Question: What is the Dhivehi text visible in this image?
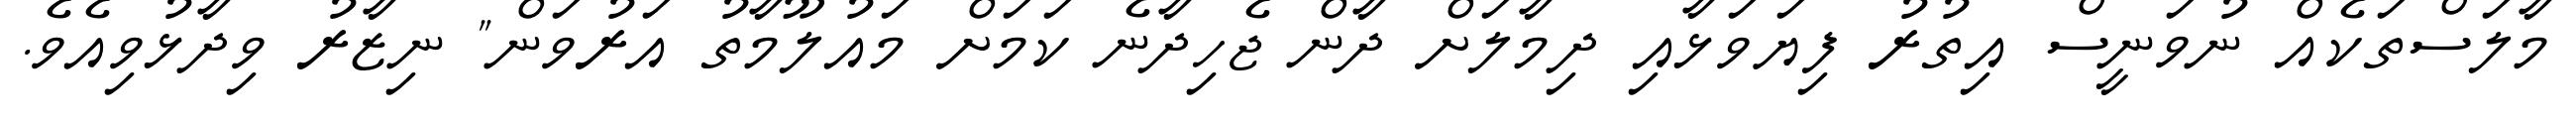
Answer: މާލަސްތަކެއް ނުވަނީސް އިތުރު ފިޔަވަޅާއި ދިމާލަށް ދާން ޖެހިދާނެ ކަމަށް މައުލޫމާތު އަރުވަން" ނިޒާރު ވިދާޅުވިއެވެ.